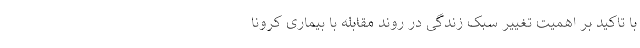
با تاکید بر اهمیت تغییر سبک زندگی در روند مقابله با بیماری کرونا